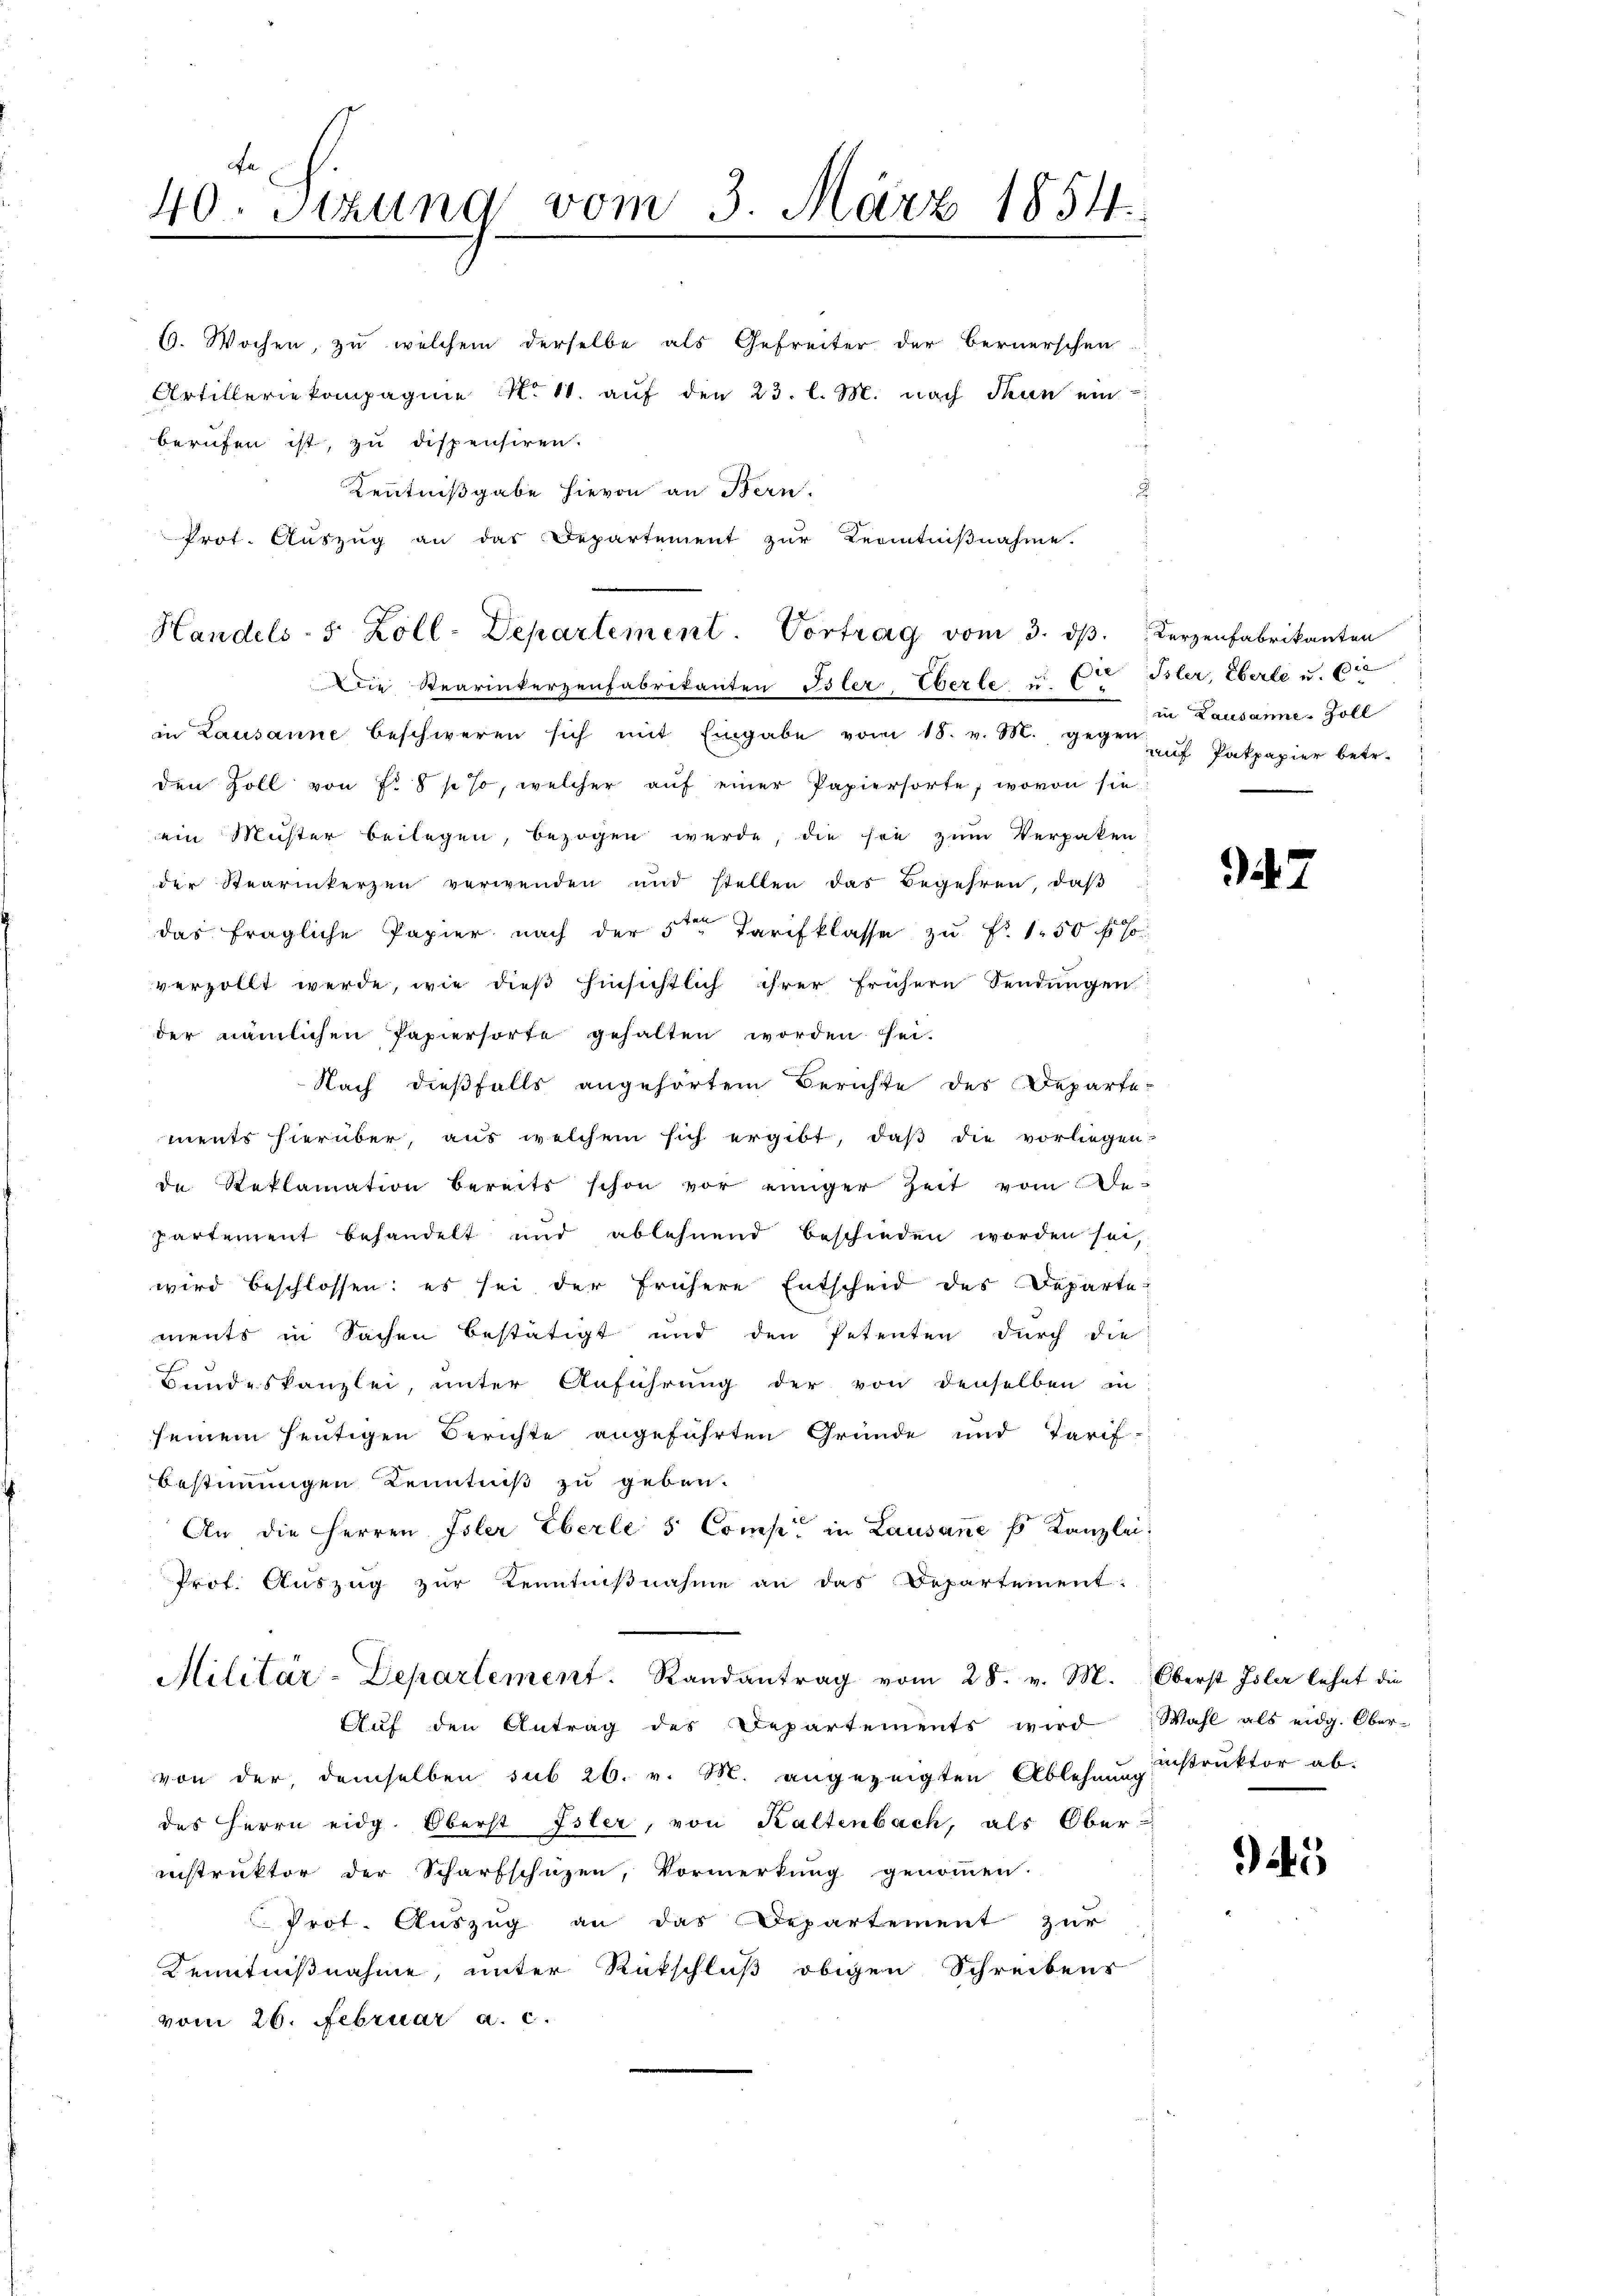
40. Setzung vom 3. März 1854.

1. Wochen, zu welchem derselbe als Gefreiter der Bernerschen
Artilleriekompagnie No 11. auf den 23. l. M. nach Thun ein-
berufen ist, zu dispensiren.
Kenntnißgabe hievon an Bern.
.
Prot. Aŭszŭg an das Departement zŭr Kenntniβnahme.

Handels- 5 Zoll-Departement. Vortrag vom 3. ds. Kerzenfabrikanten

Die Stearinkerzenfabrikanten Isler-Oberle u. Et Isler, Eberle u. die
in Lausanne beschweren sich mit Eingabe vom 18. v. M. gegen auf Pakpapier betr.
den Zoll von f. 8 / so, welcher aŭf einer Papiersorte, wovon sie
ein Müster beilegen, bezogen werde, die sie zum Verpaken
der Stearikerzen verwenden und stellen das Begehren, daβ
das fragliche Papier nach der 5ten Tarifklasse zŭ Fr. 150 f
verzollt werde, wie dieß hinsichtlich ihrer frühern Sendungen
der nämlichen Papiersorte gehalten worden fei-
Nach dießfalls angehörtem Berichte des Departe-
ments hierüber, aus welchem sich ergibt, daß die vorliegen.
de Reklamation bereits schon vor einiger Zeit vom Bepartement behandelt und ablehnend beschieden worden sei,
wird beschlossen: es sei der frühere Entscheid des Departe
ments in Sachen bestätigt und den Petenten durch die
Bundeskanzlei, unter Anführung der von denselben in
seinem heutigen Berichte angeführten Gründe und Tarif
Bestimmigen Kenntniß zu geben.
An die Herren Isler Eberle 5 Comp in Lausane u Kanzlei:
Prof. Auszug zur Kenntnißnahme an das Departement-

Aŭf den Antrag des Departements wird Wahl als eidg. Ober-
von der, demselben sub 26. v. M. angezeigten Ablehnung instruktor ab.
des Herrn eidg. Oberst Isler, von Kaltenbach, als Ober
instruktor der Scharfschüzen, Vormerkung genommen.
Prot. Auszug an das Departement zur
Kenntnißnahme, unter Ritschluß obigen Schreibens
vom 26. Februar a. c.

Militär-Departement. Randantrag vom 28. v. M. Oberst Isler lehnt die

in Lausanne. Zoll

7

45